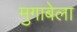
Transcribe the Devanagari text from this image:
मुगाबेला